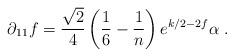
LaTeX: \begin{align*}\partial_{11} f = \frac{\sqrt{2}}{4}\left(\frac{1}{6}-\frac{1}{n}\right) e^{k/2-2f}\alpha \; . \end{align*}